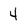
Character: 4